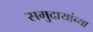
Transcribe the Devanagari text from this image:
समुदायांच्या